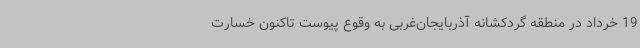
19 خرداد در منطقه گردکشانه آذربایجان‌غربی به وقوع پیوست تاکنون خسارت